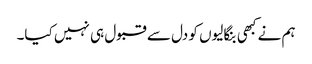
ہم نے کبھی بنگالیوں کو دل سے قبول ہی نہیں کیا۔